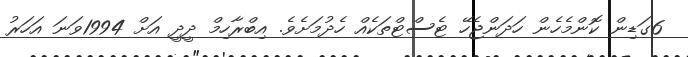
6ގަޑިން ކޮންމެހެން ހަދަންޖެހޭ ޓެސްޓްތަކެއް ހެދުމަށެވެ. އިބްރާހިމް ދީދީ އަށް 1994ވަނަ އަހަރު